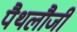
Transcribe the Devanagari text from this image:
पैथलौजी